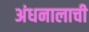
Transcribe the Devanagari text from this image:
अंधनालाची